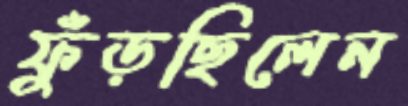
ফুঁড়ছিলেন